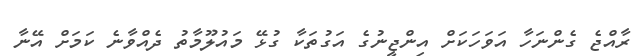
ރާއްޖެ ގެންނަހާ އަވަހަކަށް އިންޖީނުގެ އަގުތަކާ ގުޅޭ މައުލޫމާތު ދެއްވާނެ ކަމަށް އޭނާ